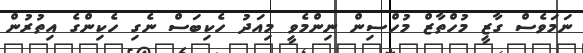
ނަމަވެސް ގާޒީ މުހްތާޒް މުހްސިން ނިންމެވީ މިއަދު ހެކިބަސް ނެގި ހެކިންގެ އިތުރުން